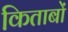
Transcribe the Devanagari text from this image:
कि़ताबों